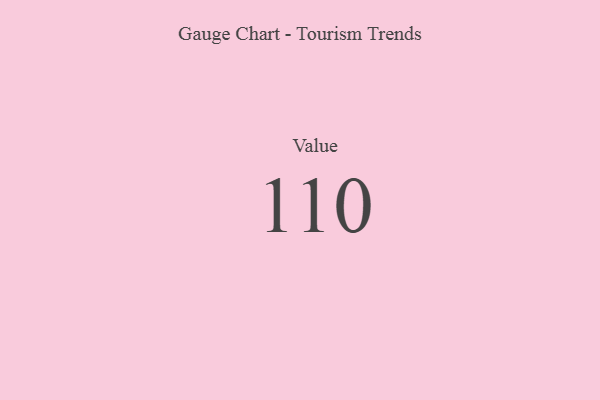
{"axis": {"x": "Metric", "y": "Value"}, "legend": [""], "data": [{"x": "Value", "y": 110, "type": ""}]}